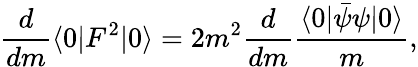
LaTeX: \frac{d}{dm}\langle 0|F^{2}|0\rangle=2m^{2}\frac{d}{dm}\frac{\langle 0|\bar{\psi}\psi|0\rangle}{m},